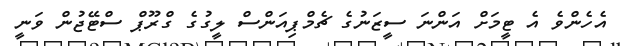
އެހެންވެ އެ ޓީމަށް އަންނަ ސީޒަނުގެ ޗެމްޕިއަންސް ލީގުގެ ގްރޫޕް ސްޓޭޖުން ވަނީ